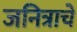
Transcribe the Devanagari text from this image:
जनित्राचे